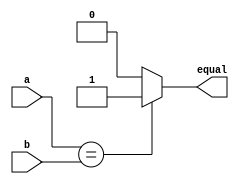
module compare(equal , a, b );
	output equal ;
	input [1:0] a , b ;
	
	assign equal = ( a == b ) ? 1 : 0 ;

endmodule